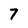
Character: 7